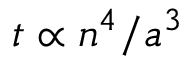
t \propto n ^ { 4 } / a ^ { 3 }